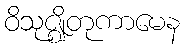
ဝိသုဇ္ဈိတုကာမေန